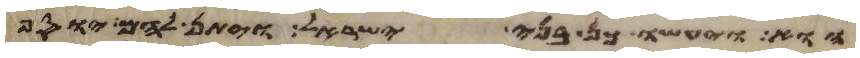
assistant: הוא ויעשו כן בני ישראל ויתן להם יוסף